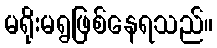
မရိုးမရွဖြစ်နေရသည်။